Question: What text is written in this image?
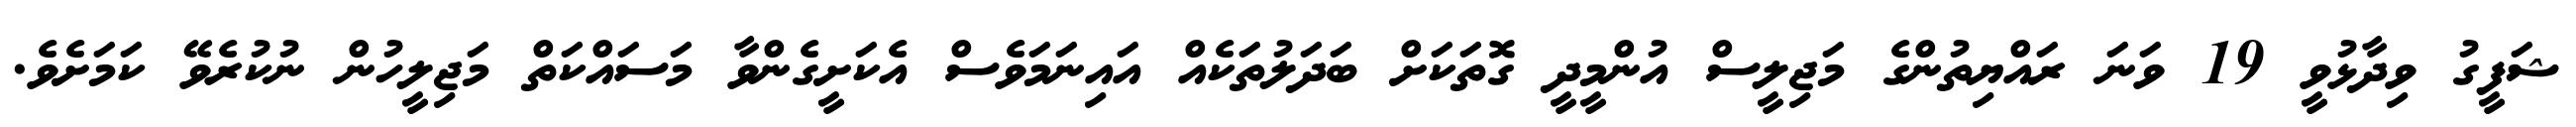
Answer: ޝަފީގު ވިދާޅުވީ 19 ވަނަ ރައްޔިތުންގެ މަޖިލީސް އުންމީދީ ގޮތަކަށް ބަދަލުތަކެއް އައިނަމަވެސް އެކަށީގެންވާ މަސައްކަތް މަޖިލީހުން ނުކުރެވޭ ކަމަށެވެ.